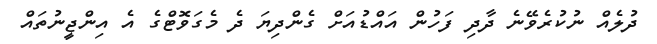
ދުލެއް ނުކުރެވޭނެ ދާދި ފަހުން އައްޑުއަށް ގެންދިޔަ ދެ މެގަވޮޓްގެ އެ އިންޖީނުތައް